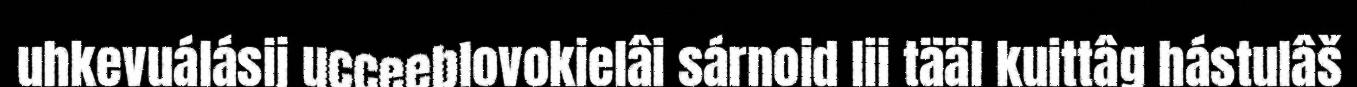
uhkevuálásij ucceeblovokielâi sárnoid lii tääl kuittâg hástulâš